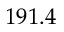
1 9 1 . 4